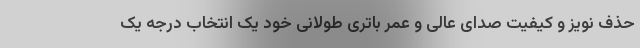
حذف نویز و کیفیت صدای عالی و عمر باتری طولانی خود یک انتخاب درجه یک